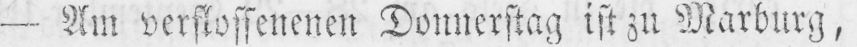
- Am verflossenenen Donnerstag ist zu Marburg,